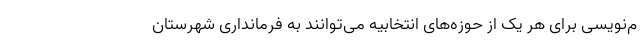
م‌نویسی برای هر یک از حوزه‌های انتخابیه می‌توانند به فرمانداری شهرستان